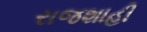
રાજશાહી